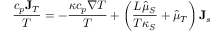
\frac { c _ { p } { \bf J } _ { T } } { T } = - \frac { \kappa c _ { p } \nabla T } { T } + \left( \frac { L \hat { \mu } _ { S } } { T \kappa _ { S } } + \hat { \mu } _ { T } \right) { \bf J } _ { s }